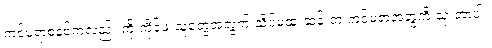
ကင်မရာစနစ်ကလည်း ကို ကိုင်ဖူးသူတွေအတွက် သိပ်မထူးဆန်းတဲ့ ကင်မရာအတွဲကို သုံးတာပါ။